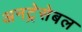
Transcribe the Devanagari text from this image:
अनट्रेसेबल